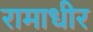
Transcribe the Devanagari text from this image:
रामाधीर